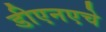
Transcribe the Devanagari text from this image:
डीएनएचे